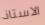
الاستاذ